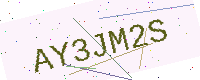
Text: AY3JM2S